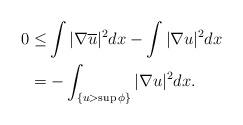
LaTeX: \begin{align*}0\le&\int|\nabla\overline{u}|^2dx-\int|\nabla u|^2dx\\ =&-\int_{\{u>\sup\phi\}}|\nabla u|^2dx.\end{align*}